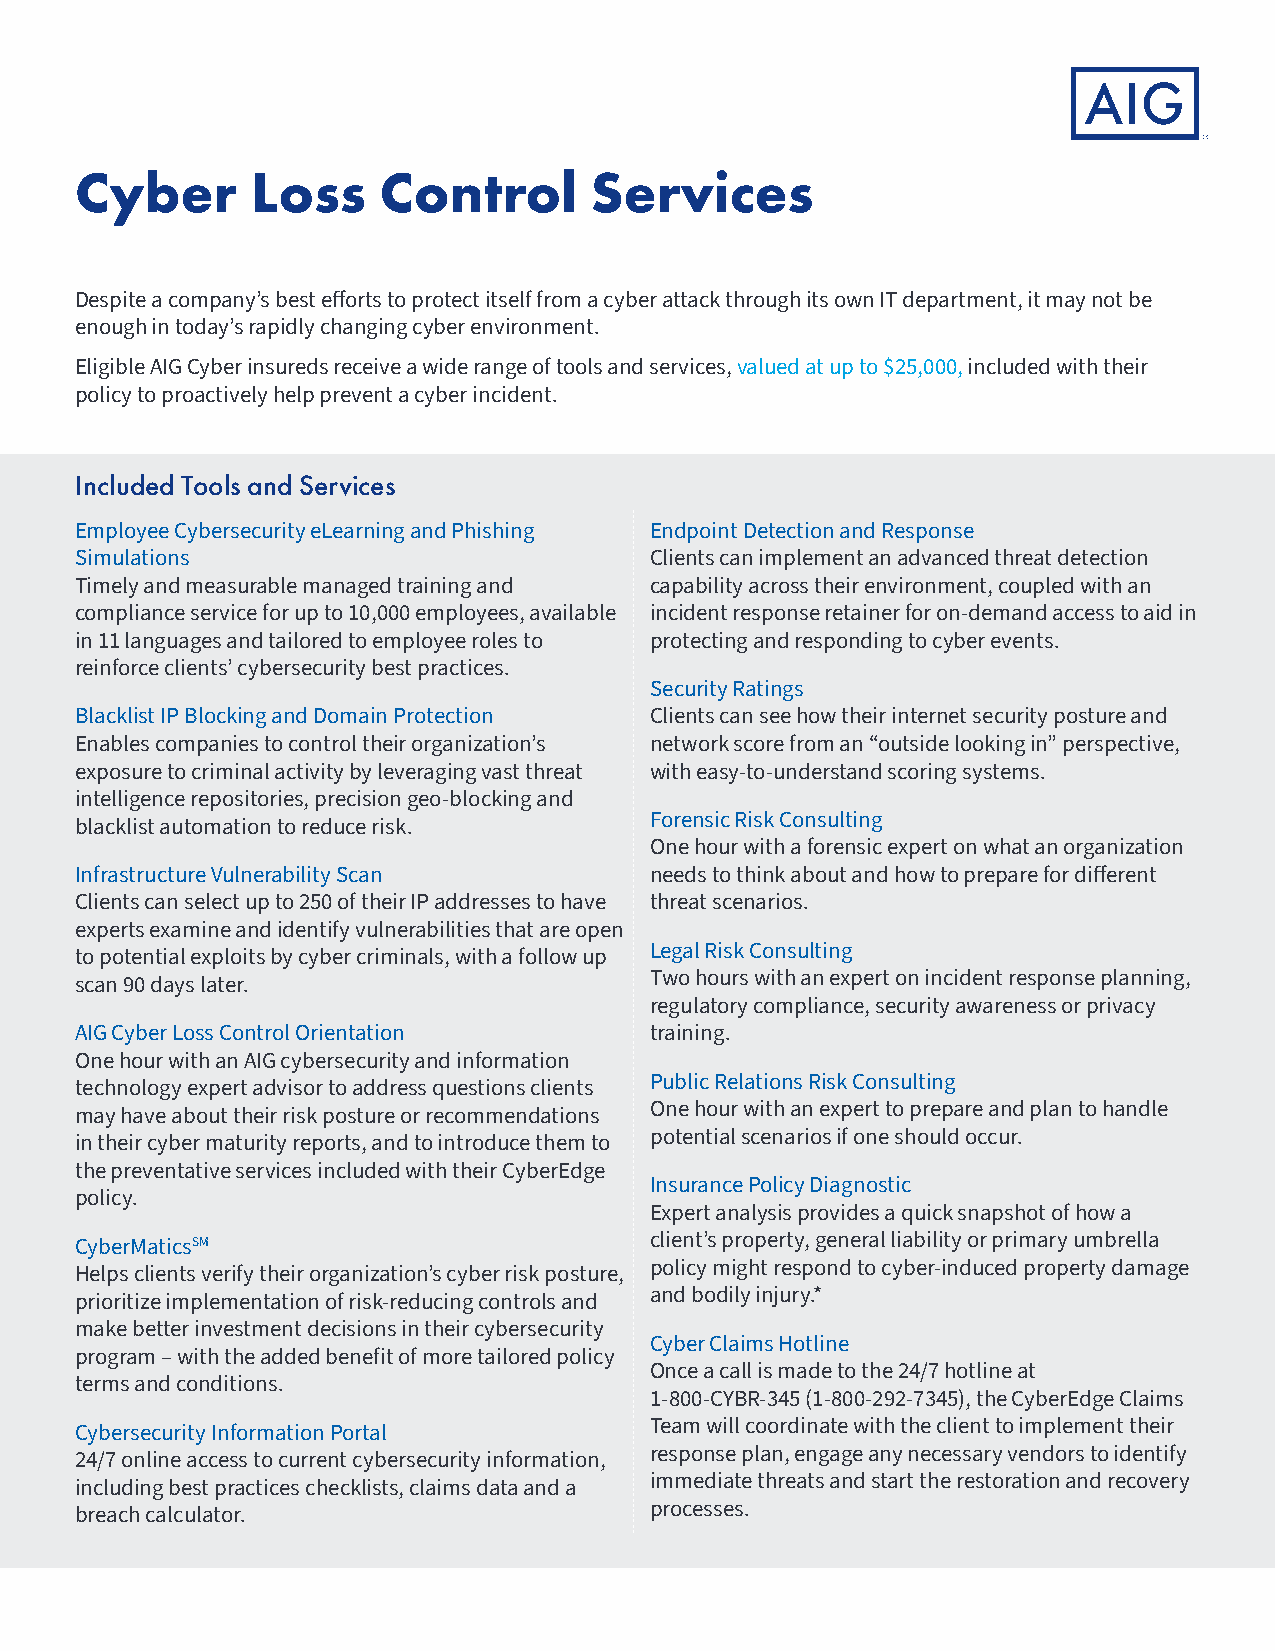
Cyber       Loss    Control       Services
 Despite a company’s best efforts to protect itself from a cyber attack through its own IT department, it may not be
 enough in today’s rapidly changing cyber environment.
 Eligible AIG Cyber insureds receive a wide range of tools and services, valued at up to $25,000, included with their
 policy to proactively help prevent a cyber incident.
 Included Tools and Services
 Employee Cybersecurity eLearning and Phishing Endpoint Detection and Response
 Simulations                           Clients can implement an advanced threat detection
 Timely and measurable managed training and capability across their environment, coupled with an
 compliance service for up to 10,000 employees, available incident response retainer for on-demand access to aid in
 in 11 languages and tailored to employee roles to protecting and responding to cyber events.
 reinforce clients’ cybersecurity best practices.
 Security Ratings
 Blacklist IP Blocking and Domain Protection Clients can see how their internet security posture and
 Enables companies to control their organization’s network score from an “outside looking in” perspective,
 exposure to criminal activity by leveraging vast threat with easy-to-understand scoring systems.
 intelligence repositories, precision geo-blocking and
 Forensic Risk Consulting
 blacklist automation to reduce risk.
 One hour with a forensic expert on what an organization
 Infrastructure Vulnerability Scan     needs to think about and how to prepare for different
 Clients can select up to 250 of their IP addresses to have threat scenarios.
 experts examine and identify vulnerabilities that are open
 Legal Risk Consulting
 to potential exploits by cyber criminals, with a follow up
 Two hours with an expert on incident response planning,
 scan 90 days later.
 regulatory compliance, security awareness or privacy
 AIG Cyber Loss Control Orientation    training.
 One hour with an AIG cybersecurity and information
 Public Relations Risk Consulting
 technology expert advisor to address questions clients
 One hour with an expert to prepare and plan to handle
 may have about their risk posture or recommendations
 potential scenarios if one should occur.
 in their cyber maturity reports, and to introduce them to
 the preventative services included with their CyberEdge
 Insurance Policy Diagnostic
 policy.
 Expert analysis provides a quick snapshot of how a
 CyberMaticsSM                         client’s property, general liability or primary umbrella
 policy might respond to cyber-induced property damage
 Helps clients verify their organization’s cyber risk posture,
 and bodily injury.*
 prioritize implementation of risk-reducing controls and
 make better investment decisions in their cybersecurity
 Cyber Claims Hotline
 program – with the added benefit of more tailored policy
 Once a call is made to the 24/7 hotline at
 terms and conditions.
 1-800-CYBR-345 (1-800-292-7345), the CyberEdge Claims
 Team will coordinate with the client to implement their
 Cybersecurity Information Portal
 response plan, engage any necessary vendors to identify
 24/7 online access to current cybersecurity information,
 immediate threats and start the restoration and recovery
 including best practices checklists, claims data and a
 processes.
 breach calculator.